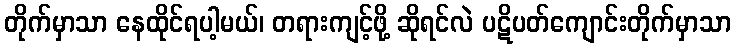
တိုက်မှာသာ နေထိုင်ရပါ့မယ်၊ တရားကျင့်ဖို့ ဆိုရင်လဲ ပဋိပတ်ကျောင်းတိုက်မှာသာ